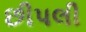
છીપલી